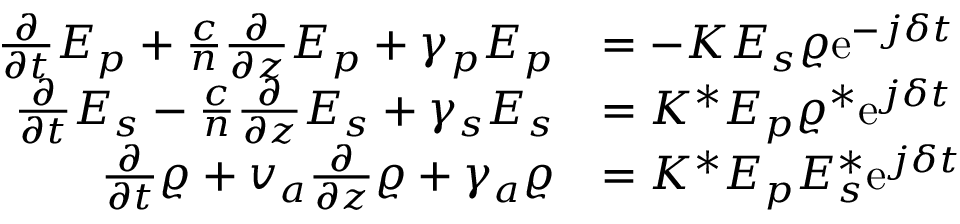
\begin{array} { r l } { \frac { \partial } { \partial t } E _ { p } + \frac { c } { n } \frac { \partial } { \partial z } E _ { p } + \gamma _ { p } E _ { p } } & { = - K E _ { s } \varrho \mathrm { e } ^ { - j \delta t } } \\ { \frac { \partial } { \partial t } E _ { s } - \frac { c } { n } \frac { \partial } { \partial z } E _ { s } + \gamma _ { s } E _ { s } } & { = K ^ { * } E _ { p } \varrho ^ { * } \mathrm { e } ^ { j \delta t } } \\ { \frac { \partial } { \partial t } \varrho + v _ { a } \frac { \partial } { \partial z } \varrho + \gamma _ { a } \varrho } & { = K ^ { * } E _ { p } E _ { s } ^ { * } \mathrm { e } ^ { j \delta t } } \end{array}